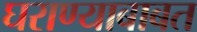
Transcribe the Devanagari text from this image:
घराण्याबाबत